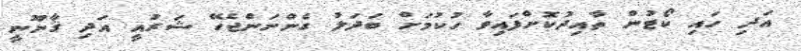
އަދި ހައި ކޯޓުން ތާއިދުކޮށްފައިވާ ހުކުމަށް ބަދަލު ގެންނަންޖެހޭ ޝަރުއީ އަދި ޤާނޫނީ